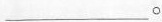
___。